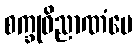
စက္ခုဝိညာဏံပေ